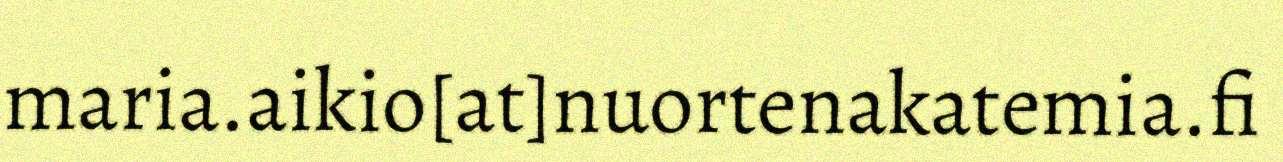
maria.aikio[at]nuortenakatemia.fi